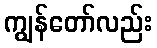
ကျွန်တော်လည်း